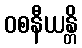
ဝစနီယန္တိ